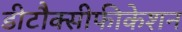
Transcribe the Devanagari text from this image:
डीटौक्सीफीकेशन